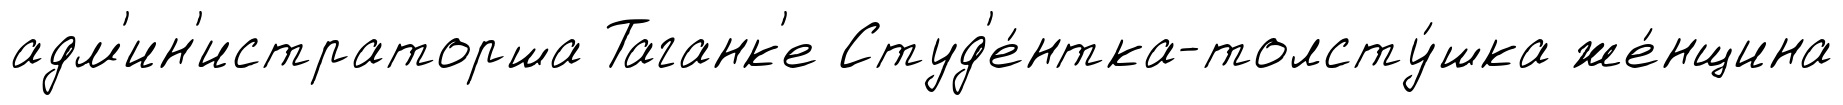
адм'ин'истраторша Таганк'е Студ'е́нтка-толсту́шка же́нщина